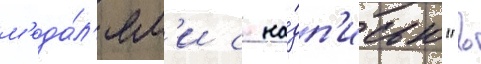
м'еда́л'ям'и с на́дп'исью "в